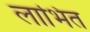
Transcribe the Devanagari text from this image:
लाभित